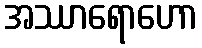
အဿာရောဟော